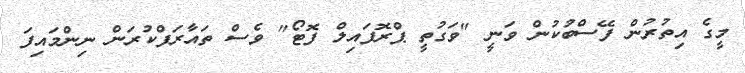
މީގެ އިތުރުން ފޭސްބުކުން ވަނީ "ވަގުތީ ޕްރޮފައިލް ފޮޓޯ" ވެސް ތައާރަފްކުރަން ނިންމައިފަ